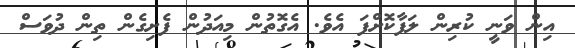
އިން ވަނީ ކުރިން ލަފާކޮށްފަ އެވެ. އެގޮތުން މިއަދުން ފެށިގެން ތިން ދުވަސް